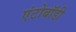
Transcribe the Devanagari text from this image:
एंटोबॉडी